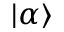
| \alpha \rangle